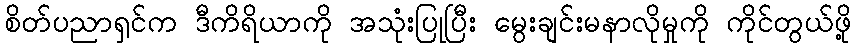
စိတ်ပညာရှင်က ဒီကိရိယာကို အသုံးပြုပြီး မွေးချင်းမနာလိုမှုကို ကိုင်တွယ်ဖို့